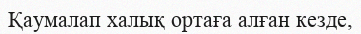
Қаумалап халық ортаға алған кезде,